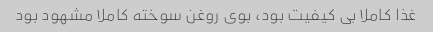
غذا کاملا بی کیفیت بود، بوی روغن سوخته کاملا مشهود بود